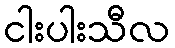
ငါးပါးသီလ